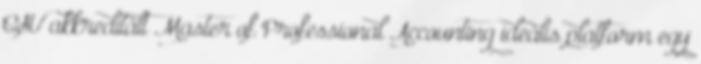
CSU akkreditált Master of Professional Accounting ideális platform egy